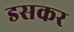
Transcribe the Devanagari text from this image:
डसकर